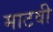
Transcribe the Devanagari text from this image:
माटवी